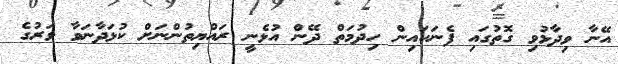
އޭނާ ވިދާޅުވި ގޮތުގައި ފެނަކައިން ހިދުމަތް ދޭން އުޅެނީ ރައްޔިތުންނަށް ކުޅަދާނަވާ ވަރުގެ